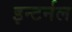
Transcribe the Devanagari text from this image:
इन्टर्नल